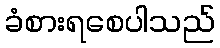
ခံစားရစေပါသည်